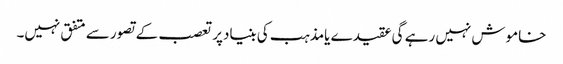
خاموش نہیں رہے گی عقیدے یامذہب کی بنیادپرتعصب کے تصورسے متفق نہیں۔